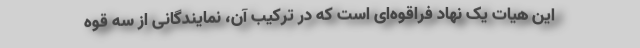
این هیات یک نهاد فراقوه‌ای است که در ترکیب آن، نمایندگانی از سه قوه